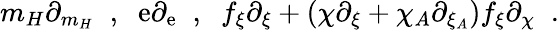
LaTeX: m_{H}\partial_{m_{H}}\; \; ,\; \; \mathrm{e}\partial_{\mathrm{e}}\; \; ,\; \; f_{\xi}\partial_{\xi}+(\chi\partial_{\xi}+\chi_{A}\partial_{\xi_{A}})f_{\xi}\partial_{\chi}\; \; .